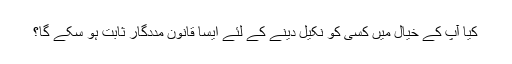
کیا آپ کے خیال میں کسی کو نکیل دینے کے لئے ایسا قانون مددگار ثابت ہو سکے گا؟